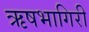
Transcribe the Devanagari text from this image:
ऋषभागिरी